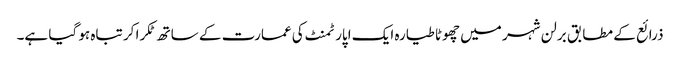
ذرائع کے مطابق برلن شہر میں چھوٹا طیارہ ایک اپارٹمنٹ کی عمارت کے ساتھ ٹکرا کر تباہ ہو گیا ہے۔